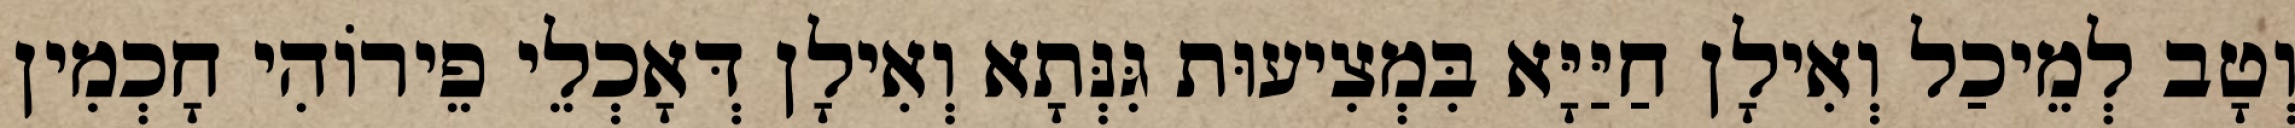
וְטָב לְמֵיכַל וְאִילָן חַיַּיָּא בִּמְצִיעוּת גִּנְּתָא וְאִילָן דְּאָכְלֵי פֵירוֹהִי חָכְמִין